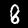
Label: 8